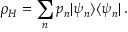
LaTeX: \rho _ { H } = \sum _ { n } p _ { n } | \psi _ { n } \rangle \langle \psi _ { n } | \, .